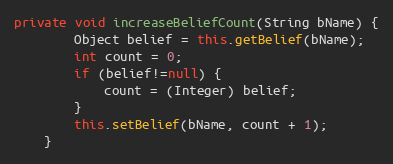
Language: Java
private void increaseBeliefCount(String bName) {
        Object belief = this.getBelief(bName);
        int count = 0;
        if (belief!=null) {
            count = (Integer) belief;
        }
        this.setBelief(bName, count + 1);
    }